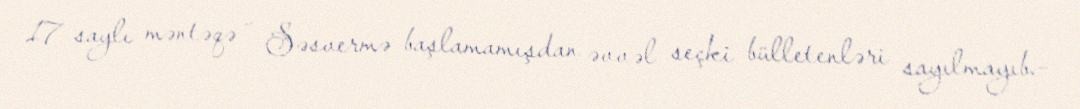
17 saylı məntəqə - Səsvermə başlamamışdan əvvəl seçki bülletenləri sayılmayıb.-